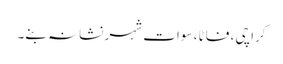
کراچی ، فاٹا ، سوات شہر نشانہ بنے۔